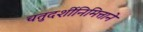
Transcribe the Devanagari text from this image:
चतुदर्शीनिमित्ताने